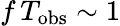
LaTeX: f\, T_{\mathrm{obs}}\sim 1